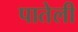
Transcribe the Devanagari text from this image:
पातेली